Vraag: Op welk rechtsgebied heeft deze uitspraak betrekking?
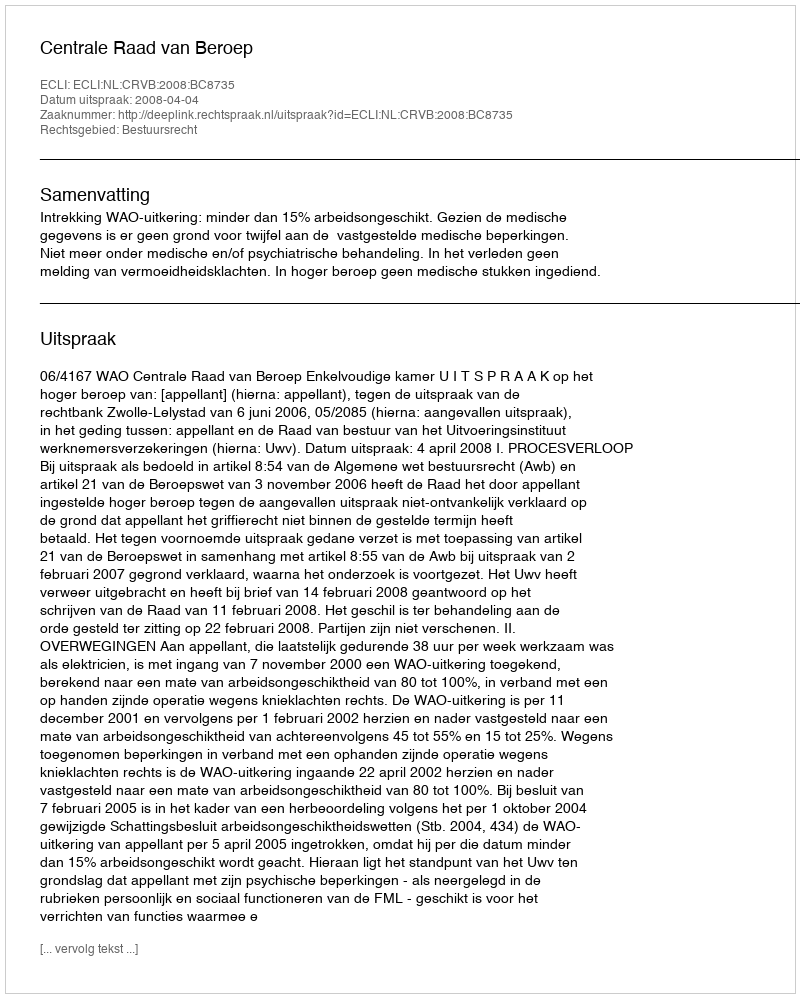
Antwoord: Bestuursrecht